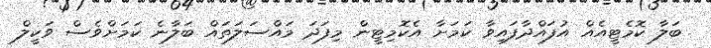
ބަލާ ކޮމެޓީއެއް އުފައްދާފައިވާ ކަމަށާ އެކޮމިޓީން މިފަދަ މައްސަލަތައް ބަލާނެ ކަމަށްވެސް ވަކީލް